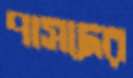
পাসদের